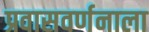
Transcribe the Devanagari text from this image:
प्रवासवर्णनाला